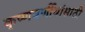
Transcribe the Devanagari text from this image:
कृष्णवर्णीयांसाठी